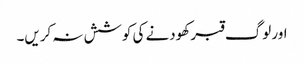
اور لوگ قبر کھودنے کی کوشش نہ کریں۔